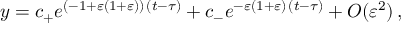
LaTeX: y = c _ { + } e ^ { ( - 1 + \varepsilon ( 1 + \varepsilon ) ) \, ( t - \tau ) } + c _ { - } e ^ { - \varepsilon ( 1 + \varepsilon ) \, ( t - \tau ) } + O ( \varepsilon ^ { 2 } ) \, ,